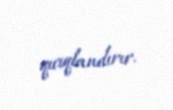
qıcıqlandırır.